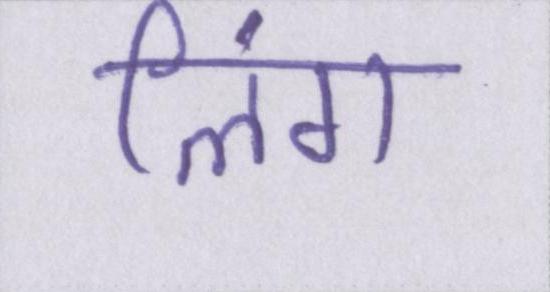
लिंग